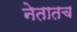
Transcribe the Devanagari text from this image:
नेतातच